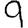
Digit: 9